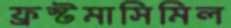
ফ্রস্টমাসিমিল